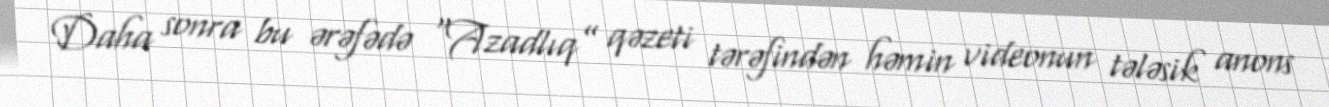
Daha sonra bu ərəfədə “Azadlıq” qəzeti tərəfindən həmin videonun tələsik anons